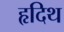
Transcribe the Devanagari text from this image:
हृदिथ